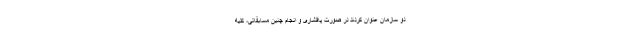
دو سازمان عنوان کردند در صورت پافشاری و انجام چنین مسابقاتی، کلیه